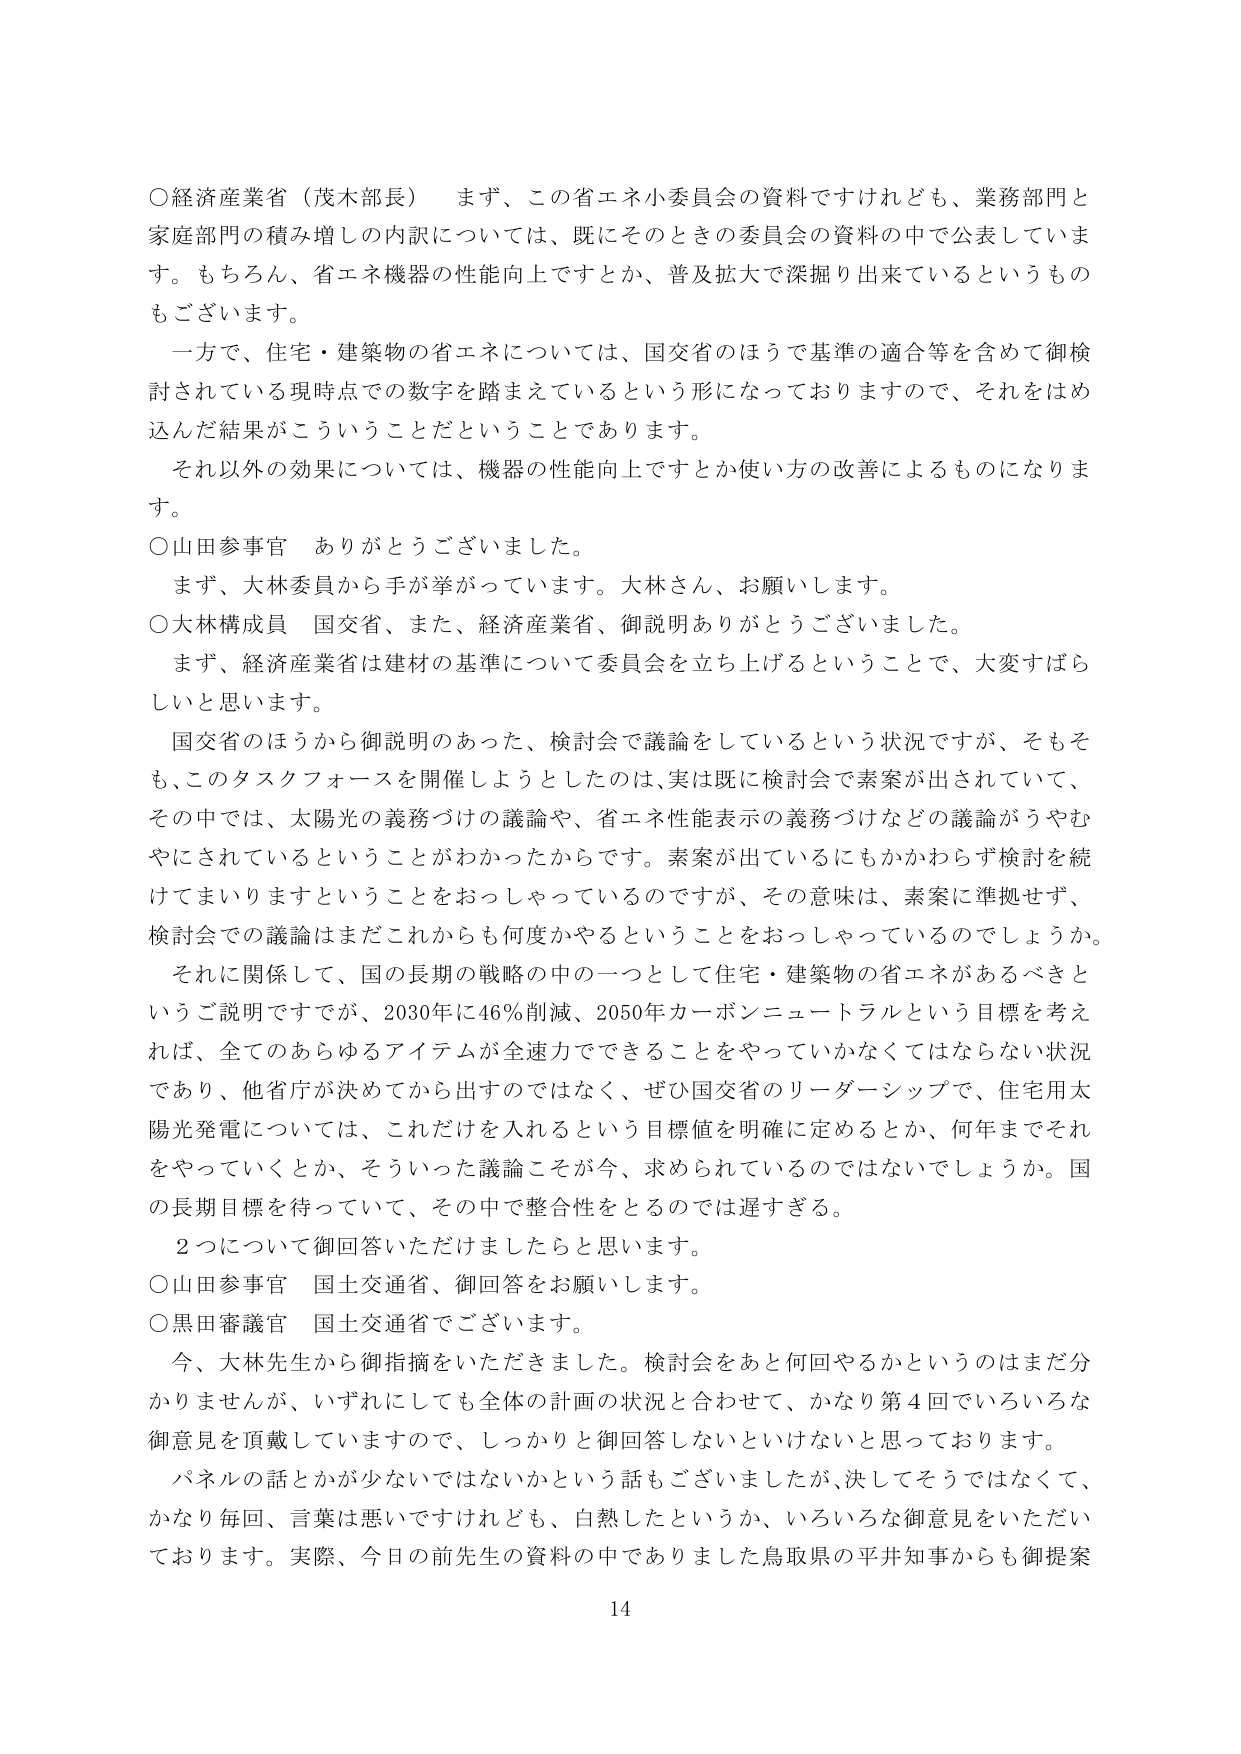
○経済産業省（茂木部長）　まず、この省エネ小委員会の資料ですけれども、業務部門と家庭部門の積み増しの内訳については、既にそのときの委員会の資料の中で公表しています。もちろん、省エネ機器の性能向上ですとか、普及拡大で深掘り出来ているというものもございます。

一方で、住宅・建築物の省エネについては、国交省のほうで基準の適合等を含めて御検討されている現時点での数字を踏まえているという形になっておりますので、それをはめ込んだ結果がこういうことだということであります。

それ以外の効果については、機器の性能向上ですとか使い方の改善によるものになります。

○山田参事官　ありがとうございました。

　まず、大林委員から手が挙がっています。大林さん、お願いします。

○大林構成員　国交省、また、経済産業省、御説明ありがとうございました。

　まず、経済産業省は建材の基準について委員会を立ち上げるということで、大変すばらしいと思います。

　国交省のほうから御説明のあった、検討会で議論をしているという状況ですが、そもそも、このタスクフォースを開催しようとしたのは、実は既に検討会で素案が出されていて、その中では、太陽光の義務づけの議論や、省エネ性能表示の義務づけなどの議論がうやむやにされているということがわかったからです。素案が出ているにもかかわらず検討を続けてまいりますということをおっしゃっているのですが、その意味は、素案に準拠せず、検討会での議論はまだこれからも何度かやるということをおっしゃっているのでしょうか。

　それに関係して、国の長期の戦略の中の一つとして住宅・建築物の省エネがあるべきというご説明ですが、2030年に46％削減、2050年カーボンニュートラルという目標を考えれば、全てのあらゆるアイテムが全速力でできることをやっていかなくてはならない状況であり、他省庁が決めてから出すのではなく、ぜひ国交省のリーダーシップで、住宅用太陽光発電については、これだけを入れるという目標値を明確に定めるとか、何年までそれをやっていくとか、そういった議論こそが今、求められているのではないでしょうか。国の長期目標を待っていて、その中で整合性をとるのは遅すぎる。

　2つについて御回答いただけましたらと思います。

○山田参事官　国土交通省、御回答をお願いします。

○黒田審議官　国土交通省でございます。

　今、大林先生から御指摘をいただきました。検討会をあと何回やるかというのはまだ分かりませんが、いずれにしても全体の計画の状況と合わせて、かなり第4回でいろいろな御意見を頂戴していますので、しっかりと御回答しないといけないと思っております。

　パネルの話とかが少ないではないかという話もございましたが、決してそうではなくて、かなり毎回、言葉は悪いですけれども、自熱したというか、いろいろな御意見をいただいております。実際、今日の前先生の資料の中でありました鳥取県の平井知事からも御提案

14